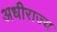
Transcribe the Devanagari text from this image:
अधीराज्य